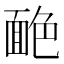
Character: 𦫥